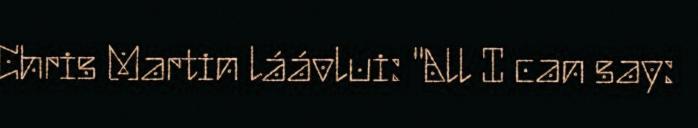
Chris Martin láávlui: "All I can say: